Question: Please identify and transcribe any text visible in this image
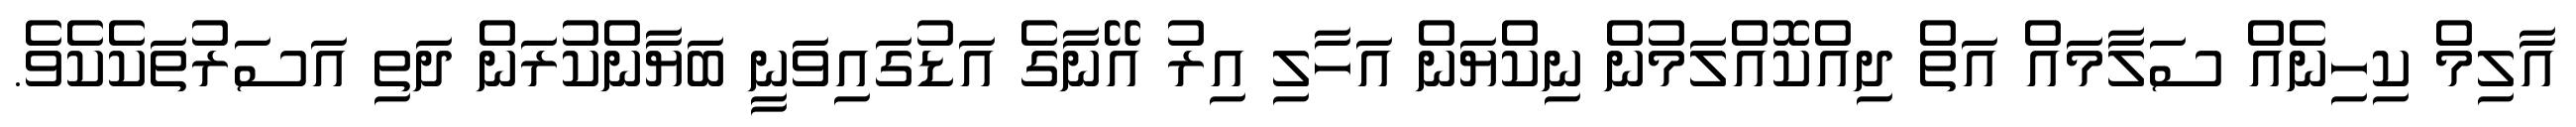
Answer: އާލިމް ކިހިނެއް ސަލާމައް އަތް ދިއްކޮއްލަމުން ނިކްޔަން އަހާލި އިރު އޭނާގެ އަޑުގައިވަނީ ބަޔާންކުރަން ދަތި އަސަރުތަކެކެވެ.